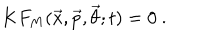
K F _ { M } ( { \vec { x } } , { \vec { p } } , { \vec { \theta } } ; t ) = 0 \ .